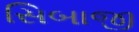
સિબાજી